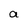
Character: a